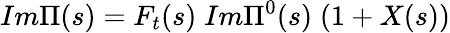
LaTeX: Im\Pi(s)=F_{t}(s)\; Im\Pi^{0}(s)\; (1+X(s))